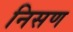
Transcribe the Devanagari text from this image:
निसण